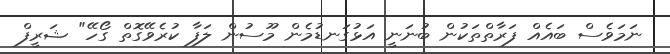
ނަމަވެސް ބައެއް ފަރާތްތަކުން ބުނަނީ އަޅުގަނޑުމެން މޫސުން ލަފާ ކުރެވޭގޮތް ގޯހޭ" ޝަރީފް